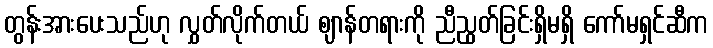
တွန်းအားပေးသည်ဟု လွှတ်လိုက်တယ် ဈာန်တရားကို ညီညွတ်ခြင်းရှိမရှိ ကော်မရှင်ဆီက